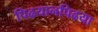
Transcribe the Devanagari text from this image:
पिढयानपिढया